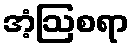
အံ့ဩစရာ